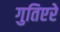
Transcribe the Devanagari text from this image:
गुतिएरे